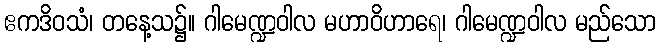
ဧကဒိဝသံ၊ တနေ့သ၌။ ဂါမေဏ္ဍဝါလ မဟာဝိဟာရေ၊ ဂါမေဏ္ဍဝါလ မည်သော